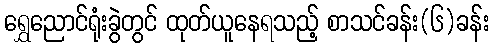
ရွှေညောင်ရုံးခွဲတွင် ထုတ်ယူနေရသည့် စာသင်ခန်း(၆)ခန်း